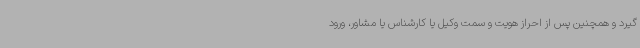
گیرد و همچنین پس از احراز هویت و سمت وکیل یا کارشناس یا مشاور، ورود